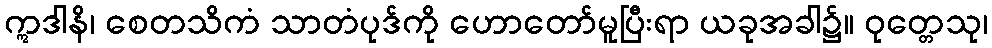
ဣဒါနိ၊ စေတသိကံ သာတံပုဒ်ကို ဟောတော်မူပြီးရာ ယခုအခါ၌။ ဝုတ္တေသု၊